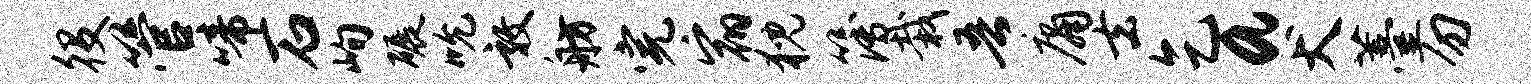
役管啼石峋碾吮敦舫完宿猊簿栽吾庸去乞a犬薹勿